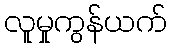
လူမှုကွန်ယက်